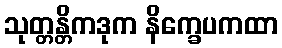
သုတ္တန္တိကဒုက နိက္ခေပကထာ